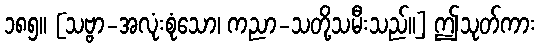
၁၈၅။ [သဗ္ဗာ-အလုံးစုံသော၊ ကညာ-သတို့သမီးသည်။] ဤသုတ်ကား